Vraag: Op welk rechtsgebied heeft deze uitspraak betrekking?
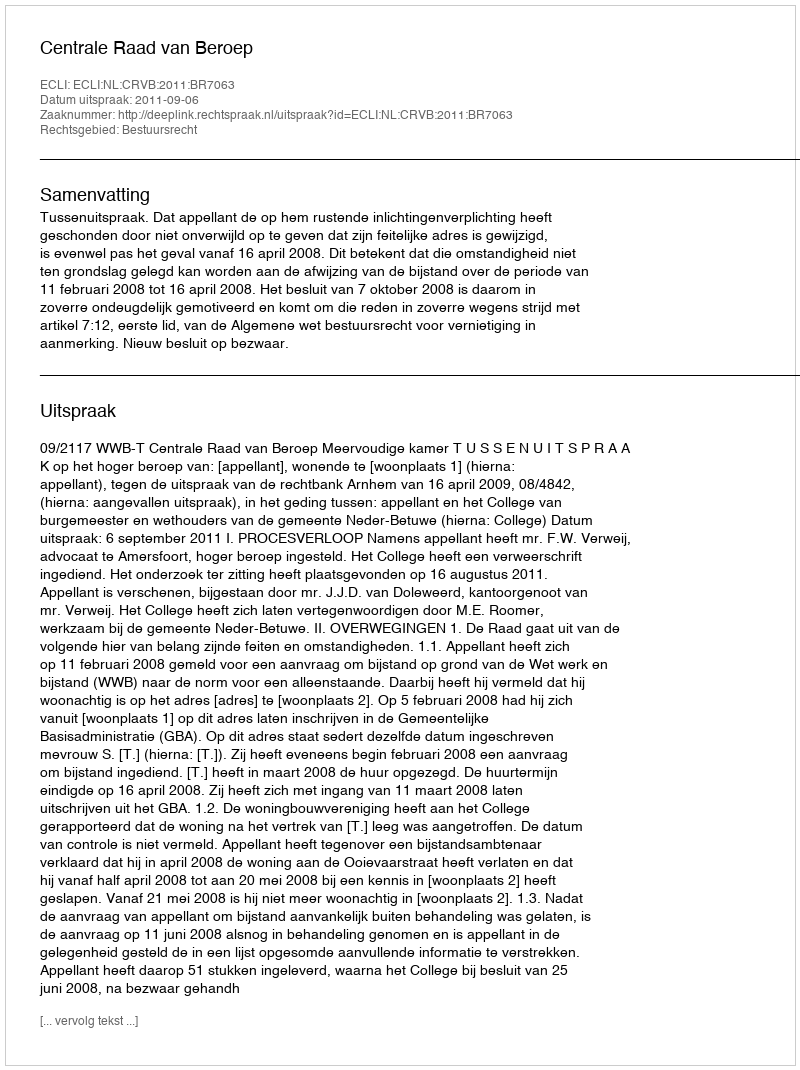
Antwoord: Bestuursrecht